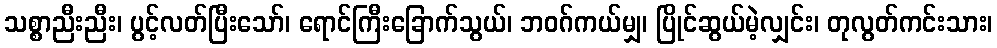
သစ္စာညီးညီး၊ ပွင့်လတ်ပြီးသော်၊ ရောင်ကြီးခြောက်သွယ်၊ ဘဝဂ်ကယ်မျှ၊ ပြိုင်ဆွယ်မဲ့လျှင်း၊ တုလွတ်ကင်းသား၊